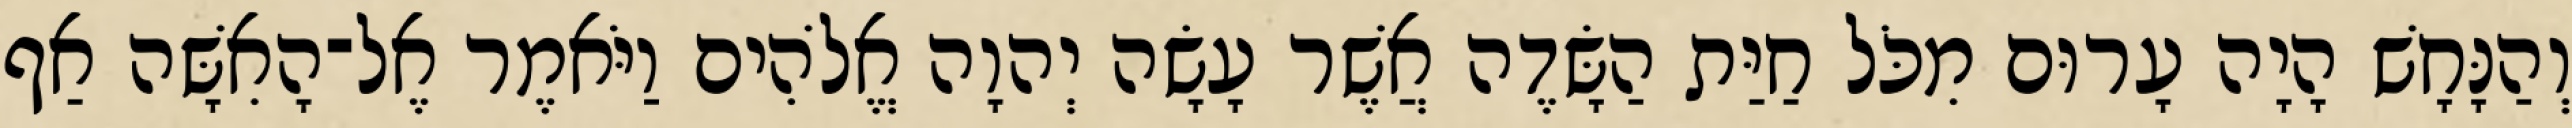
וְהַנָּחָשׁ הָיָה עָרוּם מִכֹּל חַיַּת הַשָּׂדֶה אֲשֶׁר עָשָׂה יְהוָה אֱלֹהִים וַיֹּאמֶר אֶל־הָאִשָּׁה אַף